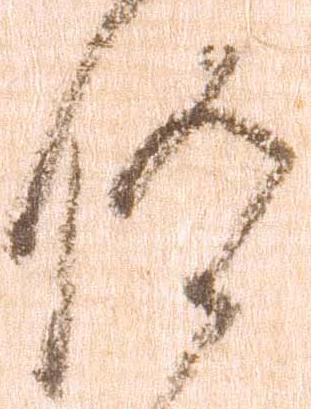
仰